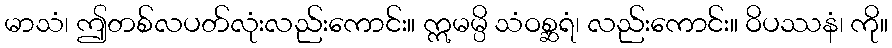
မာသံ၊ ဤတစ်လပတ်လုံးလည်းကောင်း။ ဣမမ္ပိ သံဝစ္ဆရံ၊ လည်းကောင်း။ ဝိပဿနံ၊ ကို။